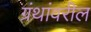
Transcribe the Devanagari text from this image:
ग्रंथांवरील